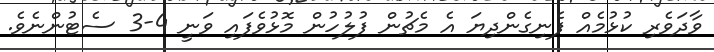
ވާދަވެރި ކުޅުމެއް ފެނިގެންދިޔަ އެ މެޗުން ފުލުހުން މޮޅުވެފައި ވަނީ 4-3 ސެޓުންނެވެ.